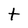
Character: t